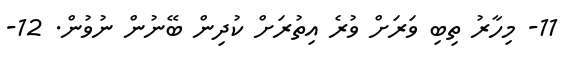
11- މިހާރު ތިބި ވަރަށް ވުރެ އިތުރަށް ކުދިން ބޭނުން ނުވުން. 12-